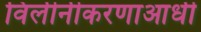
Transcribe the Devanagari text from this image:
विलीनीकरणाआधी